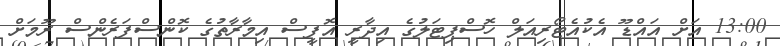
13:00 އަށް އައްޑޫ އެކުއެޓޯރިއަލް ހޮސްޕިޓަލުގެ އިދާރީ އޮފީސް އިމާރާތުގެ ކޮންސްފަރެންސް ރޫމަށް